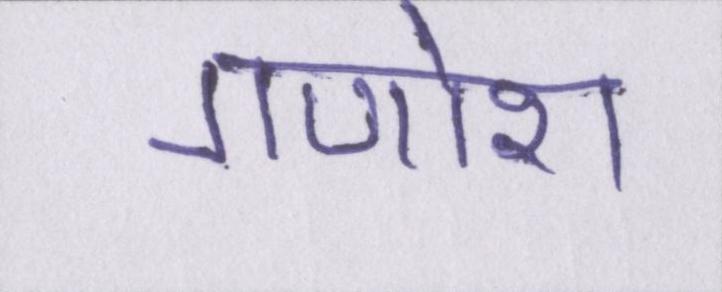
गणोश